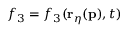
f _ { 3 } = f _ { 3 } ( \mathbf { r } _ { \eta } ( \mathbf { p } ) , t )